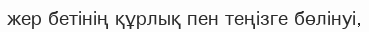
жер бетінің құрлық пен теңізге бөлінуі,